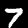
Digit: 7